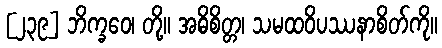
[၂၃၉] ဘိက္ခဝေ၊ တို့။ အဓိစိတ္တ၊ သမထဝိပဿနာစိတ်ကို။